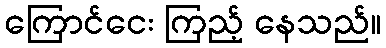
ကြောင်ငေး ကြည့် နေသည်။